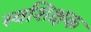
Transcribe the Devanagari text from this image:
स्वशिक्षक